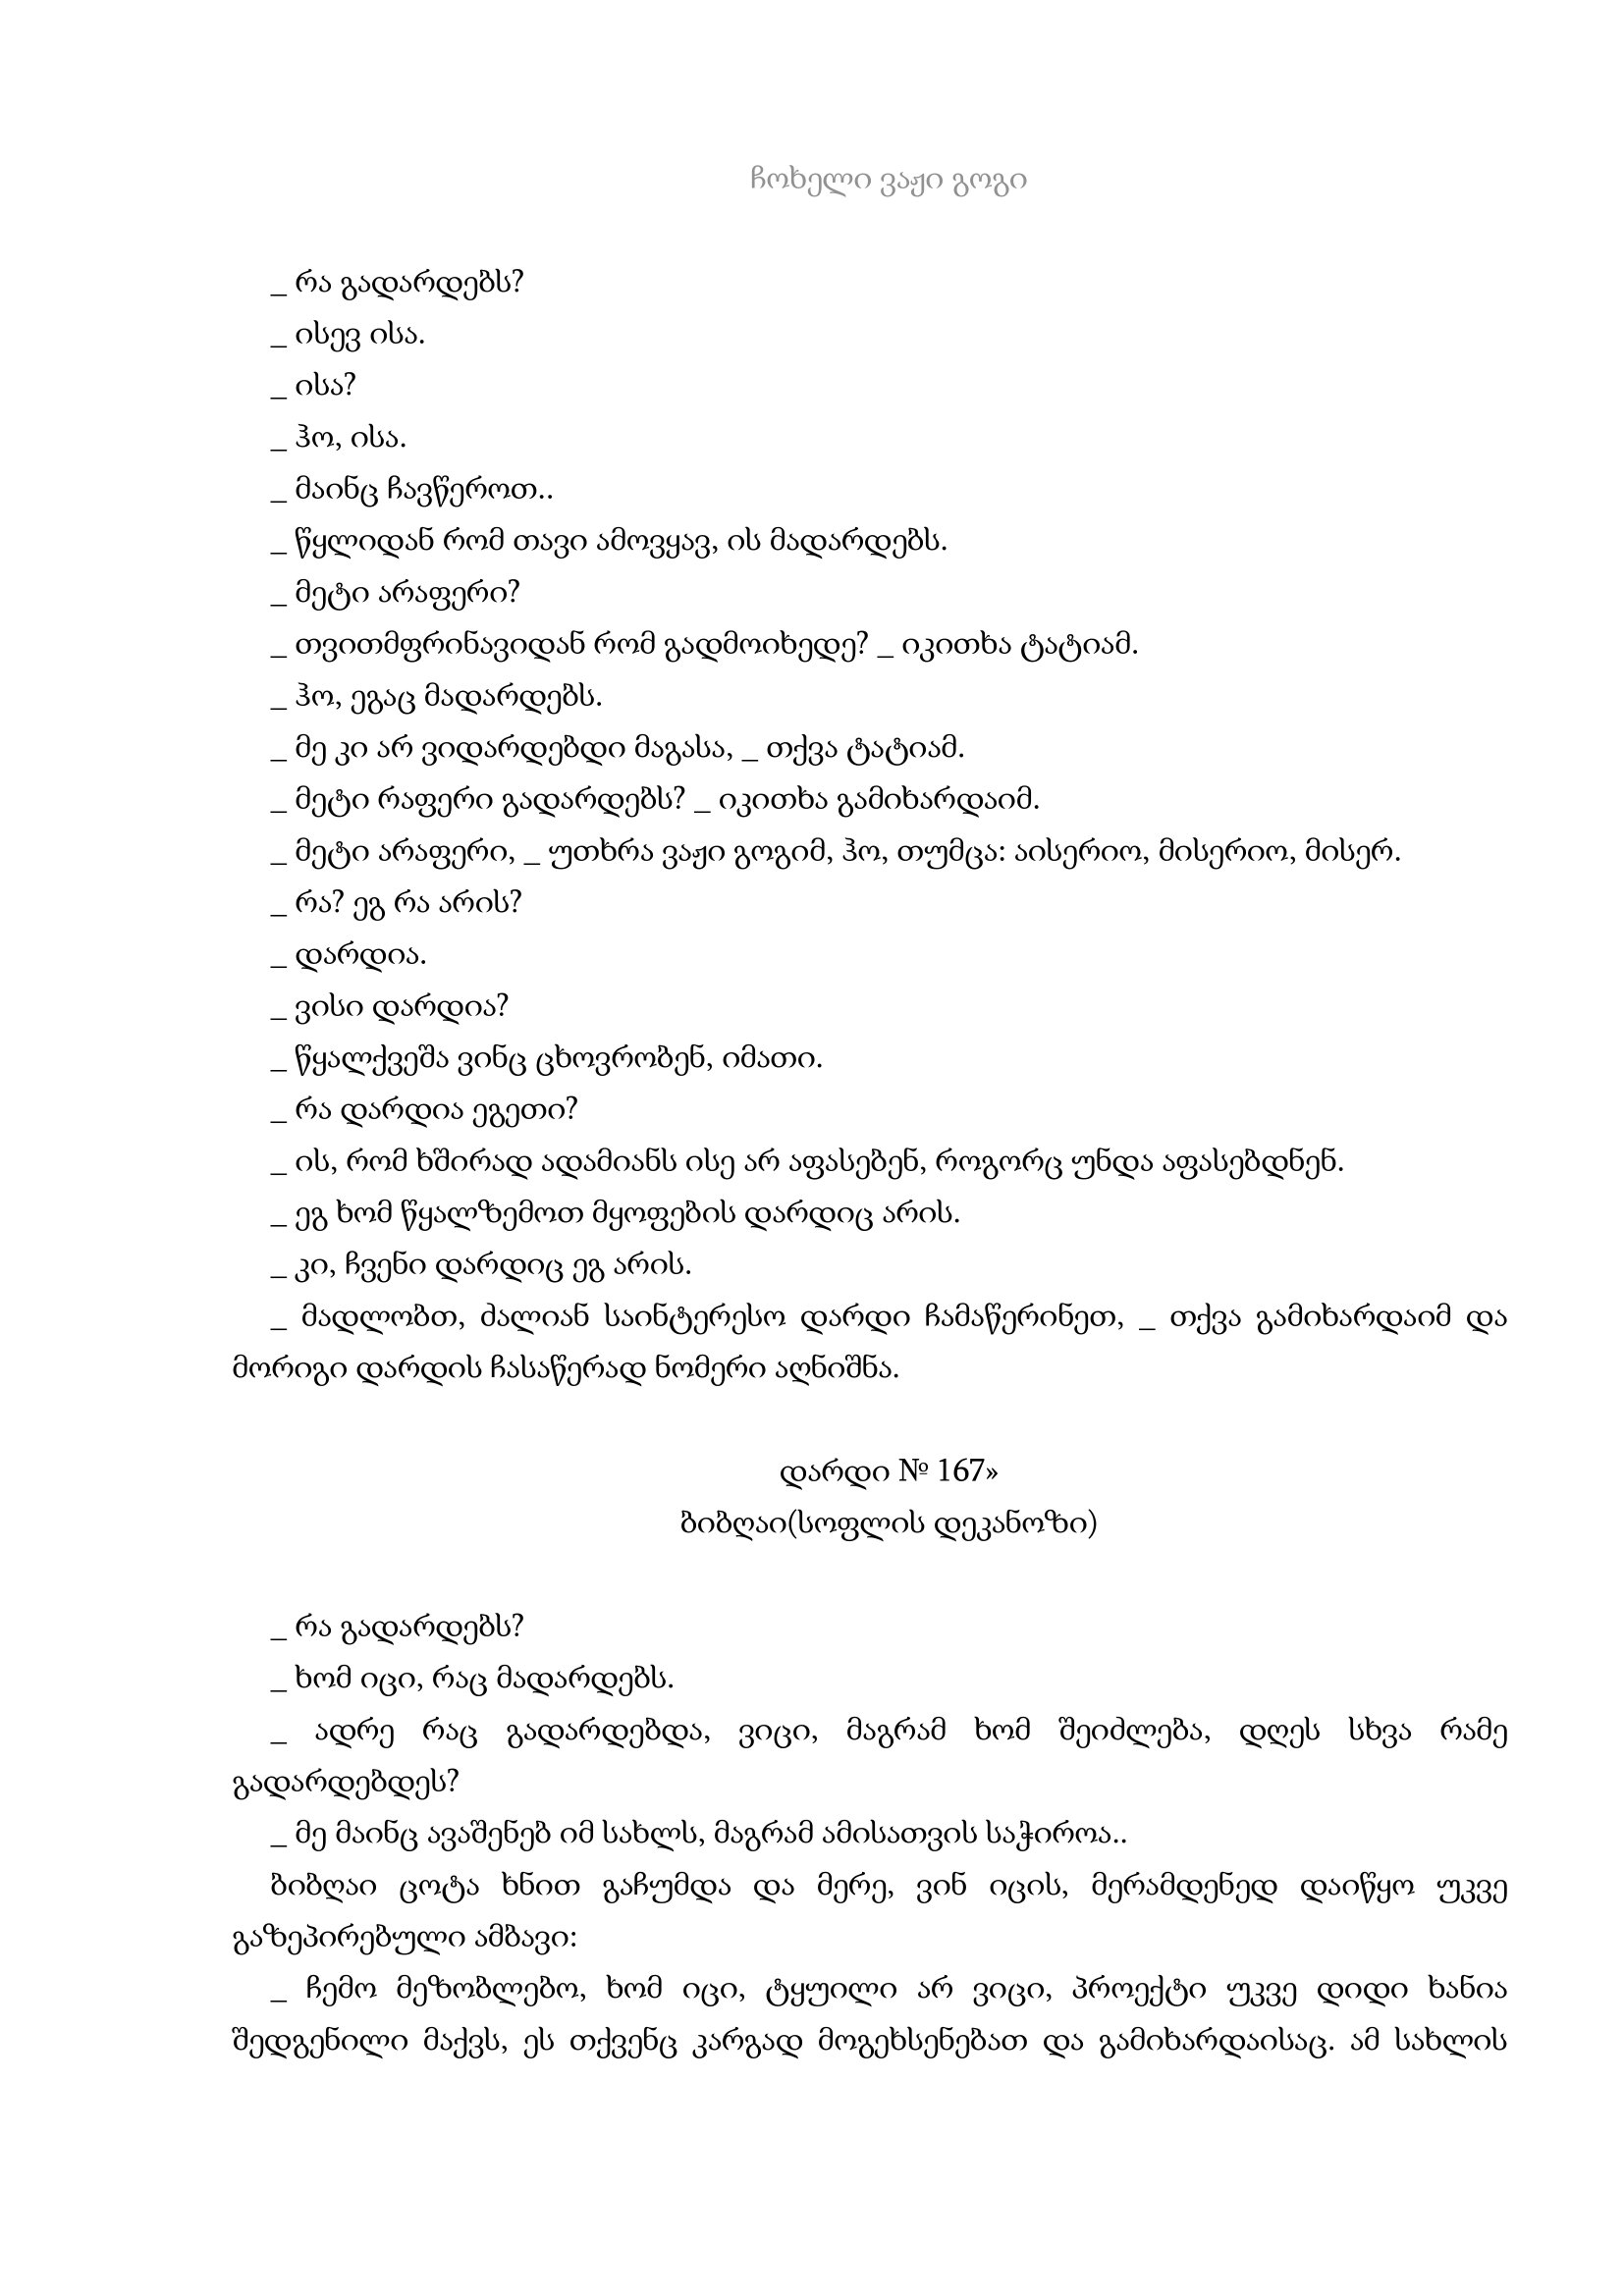
Language: gr